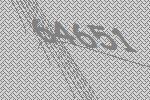
64651